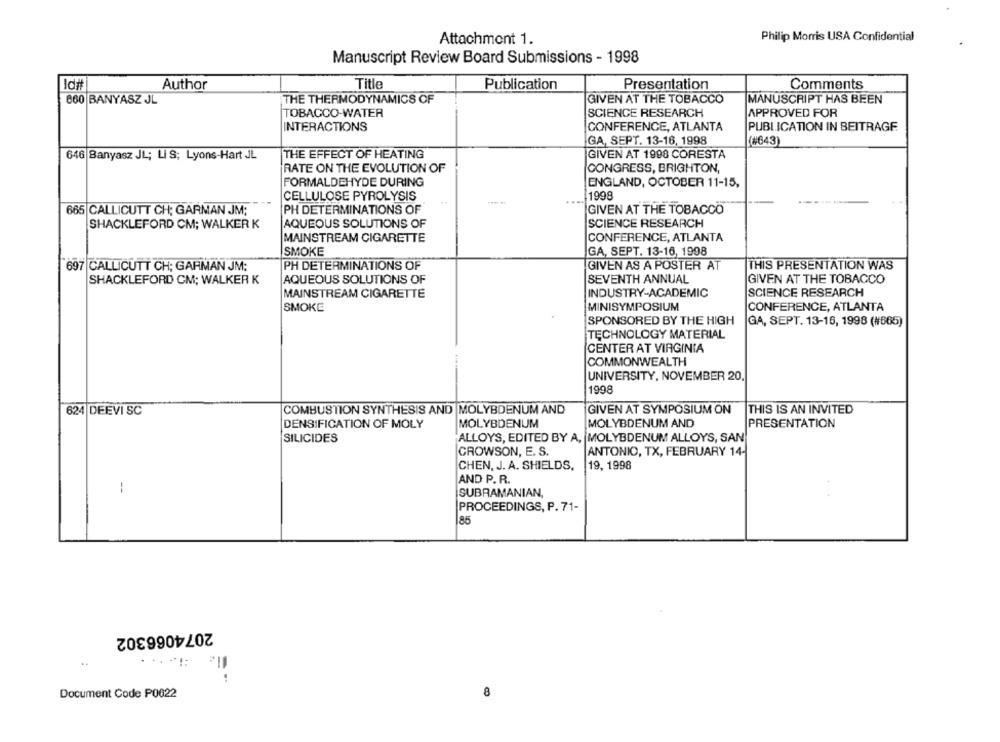
Philip Morris USA Confidential
Attachment 1.
Manuscript Review Board Submissions - 1998
Id#t
Author
Title
Publication
Presentation
Comments
660 BANYASZ JL
THE THERMODYNAMICS OF
GIVEN AT THE TOBACCO
MANUSCRIPT HAS BEEN
TOBACCO-WATER
SCIENCE RESEARCH
APPROVED FOR
INTERACTIONS
CONFERENCE, ATLANTA
PUBLICATION IN BEITRAGF.
GA, SEPT. 13-16, 1998
(#643)
646 Banyasz JL; LIS; Lyons-Hart JL
THE EFFECT OF HEATING
GIVEN AT 1998 CORESTA
RATE ON THE EVOLUTION OF
CONGRESS, BRIGHTON,
FORMALDEHYDE DURING
ENGLAND, OCTOBER 11-15,
CELLULOSE PYROLYSIS
1998
665 CALLICUTT CH; GARMAN JM;
PH DETERMINATIONS OF
GIVEN AT THE TOBACCO
SHACKLEFORD CM; WALKER K
AQUEOUS SOLUTIONS OF
SCIENCE RESEARCH
MAINSTREAM CIGARETTE
CONFERENCE, ATLANTA
SMOKE
GA, SEPT. 13-16, 1998
697 CALLICUTT CH: GARMAN JM:
PH DETERMINATIONS OF
GIVEN AS A POSTER AT
THIS PRESENTATION WAS
SHACKLEFORD CM; WALKER K
AQUEOUS SOLUTIONS OF
SEVENTH ANNUAL
GIVEN AT THE TOBACCO
MAINSTREAM CIGARETTE
INDUSTRY-ACADEMIC
SCIENCE RESEARCH
SMOKE
MINISYMPOSIUM
CONFERENCE, ATLANTA
SPONSORED BY THE HIGH
GA, SEPT. 13-16, 1998 (#865)
TECHNOLOGY MATERIAL
CENTER AT VIRGINIA
COMMONWEALTH
UNIVERSITY, NOVEMBER 20,
1998
624 DEEVI SC
COMBUSTION SYNTHESIS AND MOLYBDENUM AND
GIVEN AT SYMPOSIUM ON
THIS IS AN INVITED
DENSIFICATION OF MOLY
MOLYBDENUM
MOLYBDENUM AND
PRESENTATION
SILICIDES
ALLOYS, EDITED BY A, |MOLYBDENUM ALLOYS, SAN
CROWSON, E. S.
ANTONIO, TX, FEBRUARY 14-
CHEN, J. A. SHIELDS,
19, 1998
AND P. R.
--
SUBRAMANIAN,
PROCEEDINGS, P. 71-
85
2074066302
Document Code P0022
8